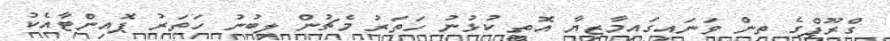
ގްރޫޕްގެ ތިން ވަނައިގައިމާޒިޔާ އޮތީ ކުޅުނު ހަތަރު މެޗުން ލިބުނު ހަތަރު ޕޮއިންޓާއެކު